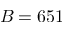
B = 6 5 1